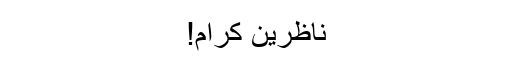
ناظرین کرام!